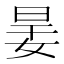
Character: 𡝎